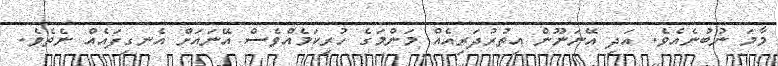
މާމަ ނުބުނެއެވެ. އަދި އޭނަނޫން އިތުރުދަރިއެއް މަންމަގެ ހުރިކަމެއްވެސް އޭނައަށް އެނގިފައެއް ނެތެވެ.